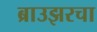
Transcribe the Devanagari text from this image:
ब्राउझरचा